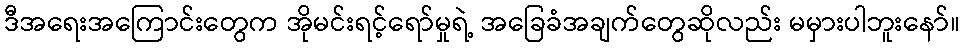
ဒီအရေးအကြောင်းတွေက အိုမင်းရင့်ရော်မှုရဲ့ အခြေခံအချက်တွေဆိုလည်း မမှားပါဘူးနော်။